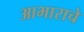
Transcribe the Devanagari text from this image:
आभाराचे